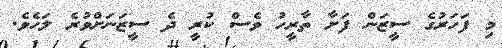
މި ފަހަރުގެ ސީޒަން ފަަށާ ތާރީހު ވެސް ކުރީ ދެ ސީޒަނަށްވުރެ ލަހެވެ.